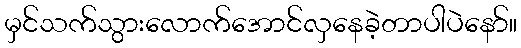
မှင်သက်သွားလောက်အောင်လှနေခဲ့တာပါပဲနော်။